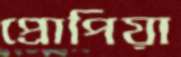
প্রোপিয়া